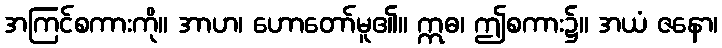
အကြင်စကားကို။ အာဟ၊ ဟောတော်မူ၏။ ဣဓ၊ ဤစကား၌။ အယံ ဇနော၊